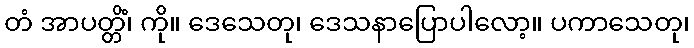
တံ အာပတ္တိံ၊ ကို။ ဒေသေတု၊ ဒေသနာပြောပါလော့။ ပကာသေတု၊